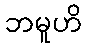
ဘမူဟိ